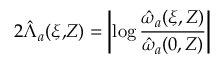
2 \hat { \Lambda } _ { a } ( \xi , \! Z ) = \left| \log \frac { \hat { \omega } _ { a } ( \xi , Z ) } { \hat { \omega } _ { a } ( 0 , Z ) } \right|